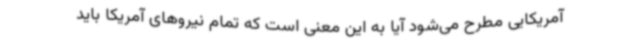
آمریکایی مطرح می‌شود آیا به این معنی است که تمام نیروهای آمریکا باید